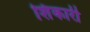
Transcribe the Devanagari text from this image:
शिंकारी